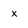
Character: x